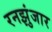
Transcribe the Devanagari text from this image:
रनझुंजार